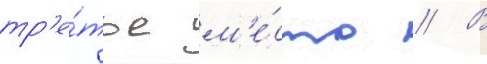
тр'е́тье м'е́сто // В